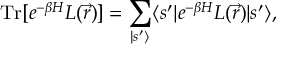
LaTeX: \mathrm { T r } \lbrack e ^ { - \beta H } L ( \vec { r } ) \rbrack = \sum _ { | s ^ { \prime } \rangle } \langle s ^ { \prime } | e ^ { - \beta H } L ( \vec { r } ) | s ^ { \prime } \rangle ,